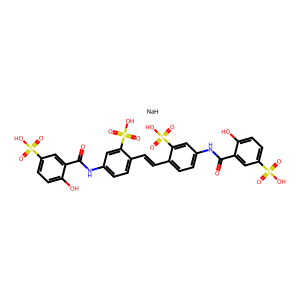
SMILES: O=C(Nc1ccc(C=Cc2ccc(NC(=O)c3cc(S(=O)(=O)O)ccc3O)cc2S(=O)(=O)O)c(S(=O)(=O)O)c1)c1cc(S(=O)(=O)O)ccc1O.[NaH]
Inhibits HIV replication: Yes